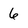
Character: 6